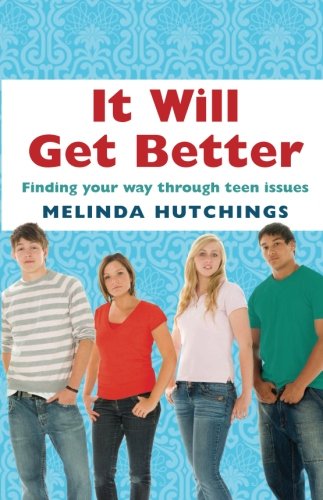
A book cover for It Will Get Better: Finding Your Way Through Teen Issues; Melinda Hutchings; Teen & Young Adult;